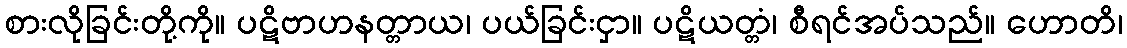
စားလိုခြင်းတို့ကို။ ပဋိဗာဟနတ္တာယ၊ ပယ်ခြင်းငှာ။ ပဋိယတ္တံ၊ စီရင်အပ်သည်။ ဟောတိ၊